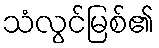
သံလွင်မြစ်၏